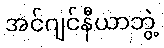
အင်ဂျင်နီယာဘွဲ့